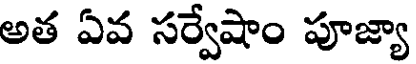
అత ఏవ సర్వేషాం పూజ్యా